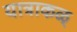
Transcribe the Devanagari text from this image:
यात्राकळ्